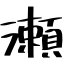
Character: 瀬